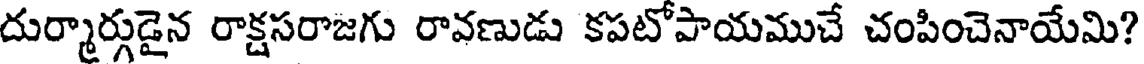
దుర్మార్గుడైన రాక్షసరాజగు రావణుడు కపటోపాయముచే చంపించెనాయేమి?